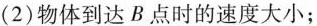
(2)物体到达B点时的速度大小；